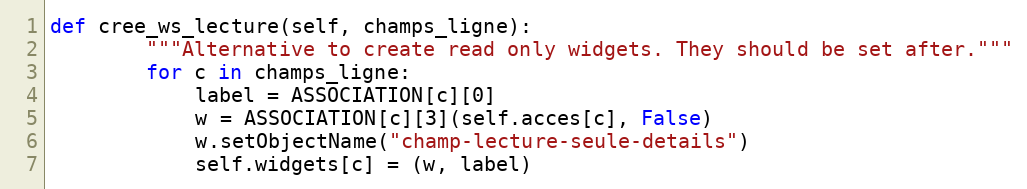
Language: Python
def cree_ws_lecture(self, champs_ligne):
        """Alternative to create read only widgets. They should be set after."""
        for c in champs_ligne:
            label = ASSOCIATION[c][0]
            w = ASSOCIATION[c][3](self.acces[c], False)
            w.setObjectName("champ-lecture-seule-details")
            self.widgets[c] = (w, label)